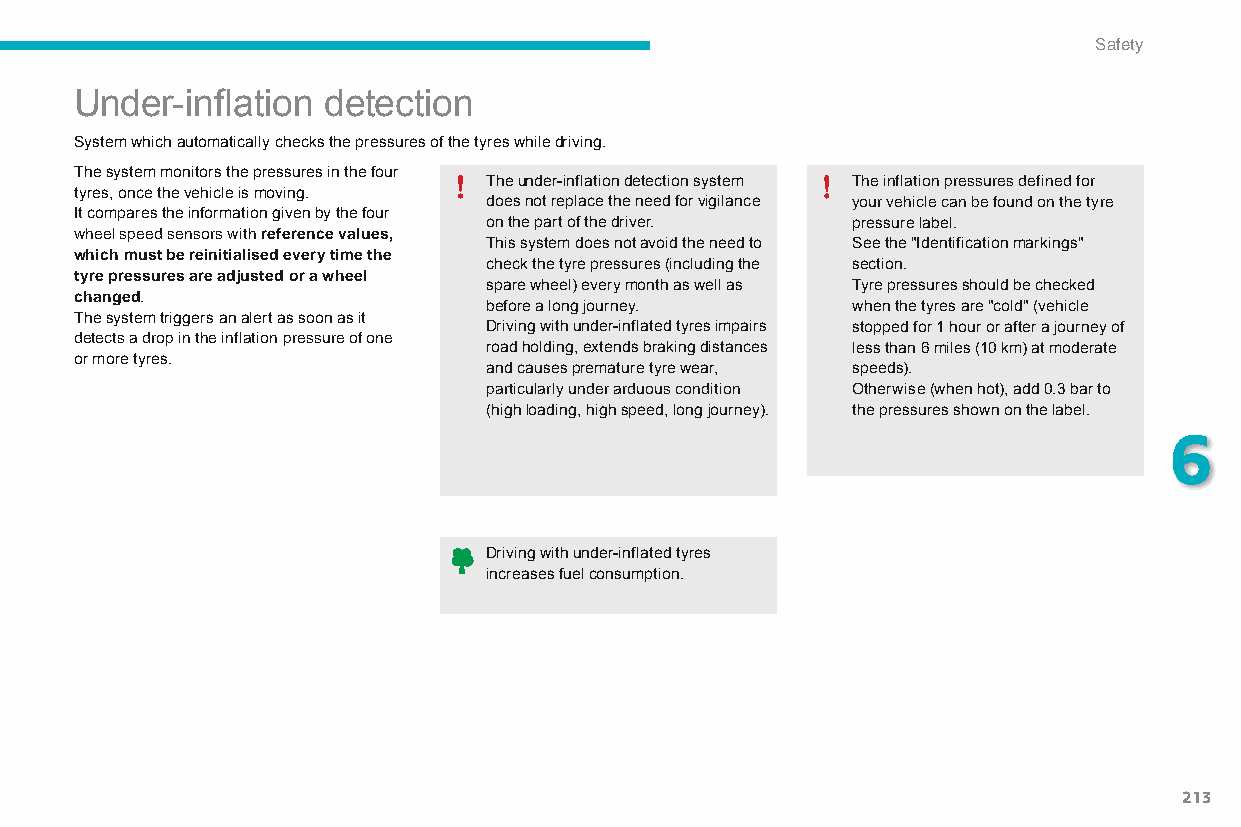
Safety
 Under-inflation detection
 System which automatically checks the pressures of the tyres while driving.
 The system monitors the pressures in the four
 The under-inflation detection system The inflation pressures defined for
 tyres, once the vehicle is moving.
 does not replace the need for vigilance your vehicle can be found on the tyre
 It compares the information given by the four
 on the part of the driver. pressure label.
 wheel speed sensors with reference values,
 This system does not avoid the need to See the "Identification markings"
 which must be reinitialised every time the
 check the tyre pressures (including the section.
 tyre pressures are adjusted or a wheel
 spare wheel) every month as well as Tyre pressures should be checked
 changed.
 before a long journey.  when the tyres are "cold" (vehicle
 The system triggers an alert as soon as it
 Driving with under-inflated tyres impairs stopped for 1 hour or after a journey of
 detects a drop in the inflation pressure of one
 road holding, extends braking distances less than 6 miles (10 km) at moderate
 or more tyres.
 and causes premature tyre wear, speeds).
 particularly under arduous condition Otherwise (when hot), add 0.3 bar to
 (high loading, high speed, long journey). the pressures shown on the label.
 6
 Driving with under-inflated tyres
 increases fuel consumption.
 213
 C4-Picasso-II_en_Chap06_securite_ed01-2015